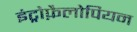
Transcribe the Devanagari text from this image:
इंट्रोफ़ैलोपियन